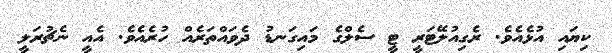
ކިޔައި އުޅެއެވެ. ރެގިއުލޭޓަރީ ޓީ ސެލްގެ މައިގަނޑު ދެވައްތަރެއް ހުރެއެވެ. އެއީ ނެޗުރަލީ